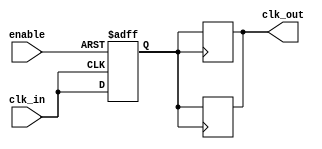
module clock_buffer (
    input wire clk_in,      // Single-ended clock input
    output reg clk_out,     // Buffered clock output
    input wire enable       // Optional enable input to gate the clock output
);

// Parameters for delay simulation (these can be adjusted based on technology)
parameter DELAY = 1; // Propagation delay in ns

// Internal signal for clock buffering
reg clk_buf;

// Clock buffering process
always @(posedge clk_in or negedge enable) begin
    if (!enable) begin
        clk_buf <= 1'b0; // When disabled, output is low
    end else begin
        clk_buf <= clk_in; // Buffer the input clock
    end
end

// Output clock assignment with delay
always @(posedge clk_buf) begin
    #DELAY clk_out <= clk_buf; // Introduce delay to output
end

// Optional: Handle falling edge of the buffered clock
always @(negedge clk_buf) begin
    #DELAY clk_out <= clk_buf; // Introduce delay to output
end

endmodule